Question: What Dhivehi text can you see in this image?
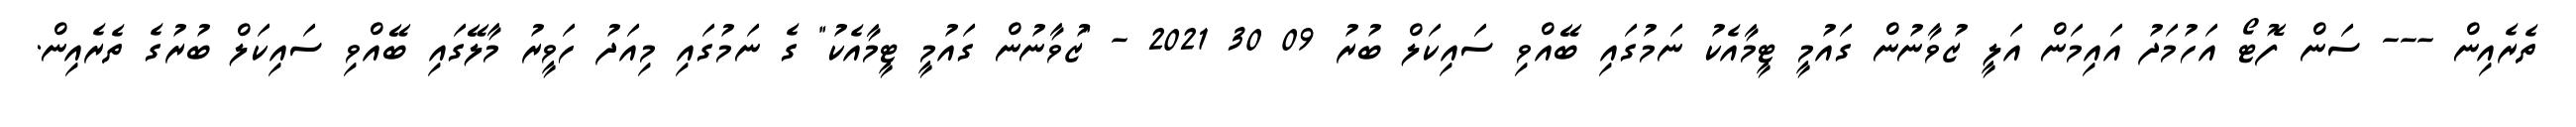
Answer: ތެރެއިން --- ސަން ފޮޓޯ އަހުމަދު އައިމަން އަލީ ޒުވާނުން ގައުމީ ޓީމާއެކު ނަމުގައި ބޭއްވި ސައިކަލް ބުރު 09 30 2021 - "ޒުވާނުން ގައުމީ ޓީމާއެކު" ގެ ނަމުގައި މިއަދު ހަވީރު މާލޭގައި ބޭއްވި ސައިކަލް ބުރުގެ ތެރެއިން.